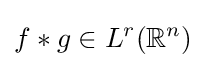
f\ast g\in L^{r}(\mathbb {R} ^{n})